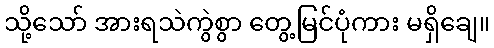
သို့သော် အားရသဲကွဲစွာ တွေ့မြင်ပုံကား မရှိချေ။